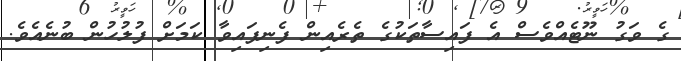
ގެ ވަގު ނޫޓެއްވެސް އެ ފައިސާތަކުގެ ތެރެއިން ފެނިފައިވާ ކަަމަށް ފުލުހުން ބުނެއެވެ.